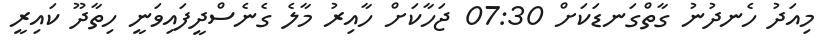
މިއަދު ހެނދުނު ގާތްގަނޑަކަށް 07:30 ޖަހާކަށް ހާއިރު މާލެ ގެނެސްދީފައިވަނީ ހިތާދޫ ކައިރީ